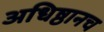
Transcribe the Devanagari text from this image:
अधिष्ठानच